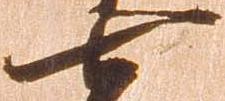
七